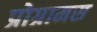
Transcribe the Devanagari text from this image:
प्रोग्रामस